Madras plague regulations in force outside the Presidency town - Volume 2
Disease focus: Plague
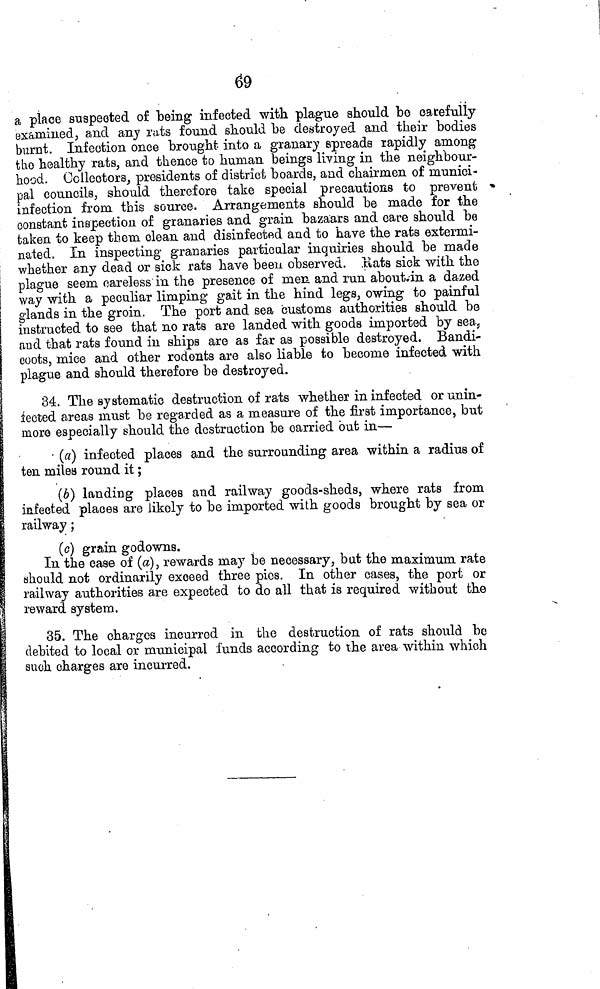
69
a place suspected of being infected with, plague should be carefully
examined, and any rats found should be destroyed and their bodies
burnt. Infection once brought into a granary spreads rapidly among
the healthy rats, and thence to human beings living in the neighbour-
hood. Collectors, presidents of district boards, and chairmen of munici-
pal councils, should therefore take special precautions to prevent
infection from this source. Arrangements should be made for the
constant inspection of granaries and grain bazaars and care should be
taken to keep them clean and disinfected and to have the rats extermi-
nated. In inspecting granaries particular inquiries should be made
whether any dead or sick rats have been observed. Rats sick with the
plague seem careless in the presence of men and run about.in a dazed
way with a peculiar limping gait in the hind legs, owing to painful
glands in the groin. The port and sea customs authorities should be
instructed to see that no rats are landed with goods imported by sea,
and that rats found in ships are as far as possible destroyed. Bandi-
coots, mice and other rodents are also liable to become infected with
plague and should therefore be destroyed.
34. The systematic destruction of rats whether in infected or unin-
fected areas must be regarded as a measure of the first importance, but
more especially should the destruction be carried out in—
(a) infected places and the surrounding area within a radius of
ten miles round it ;
(b) landing places and railway goods-sheds, where rats from
infected places are likely to be imported with goods brought by sea or
railway ;
(c) grain godowns.
In the case of (a), rewards may be necessary, but the maximum rate
should not ordinarily exceed three pies. In other cases, the port or
railway authorities are expected to do all that is required without the
reward system.
35. The charges incurred in the destruction of rats should be
debited to local or municipal funds according to the area within which
such charges are incurred.